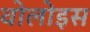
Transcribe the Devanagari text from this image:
वोलोइस